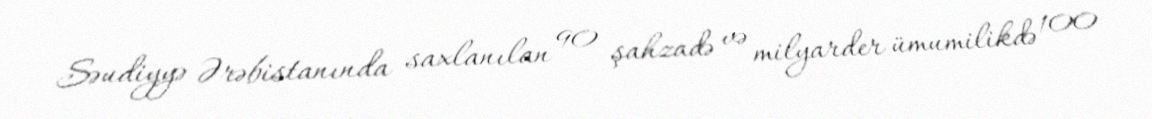
Səudiyyə Ərəbistanında saxlanılan 90 şahzadə və milyarder ümumilikdə 100